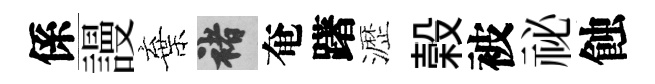
係謾棄褚奄躇瀝榖被祕蝕